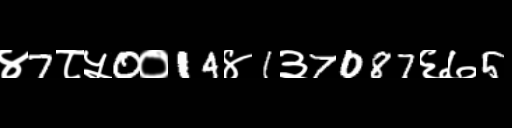
Text: ४7८५0०14४1३7087६७5